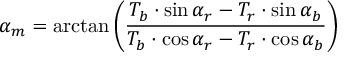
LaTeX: \alpha _ { m } = \arctan \left( { \frac { T _ { b } \cdot \sin \alpha _ { r } - T _ { r } \cdot \sin \alpha _ { b } } { T _ { b } \cdot \cos \alpha _ { r } - T _ { r } \cdot \cos \alpha _ { b } } } \right)